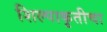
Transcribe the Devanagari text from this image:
शिल्पाकृतीचा